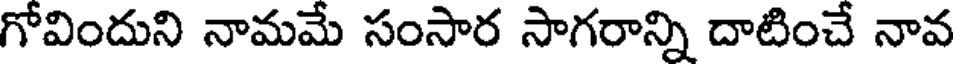
గోవిందుని నామమే సంసార సాగరాన్ని దాటించే నావ